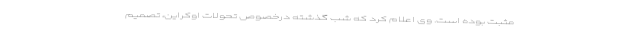
مثبت بوده است. وی اعلام کرد که شب گذشته درخصوص تحولات اوکراین، تصمیم